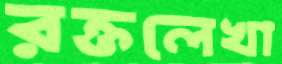
রক্তলেখা